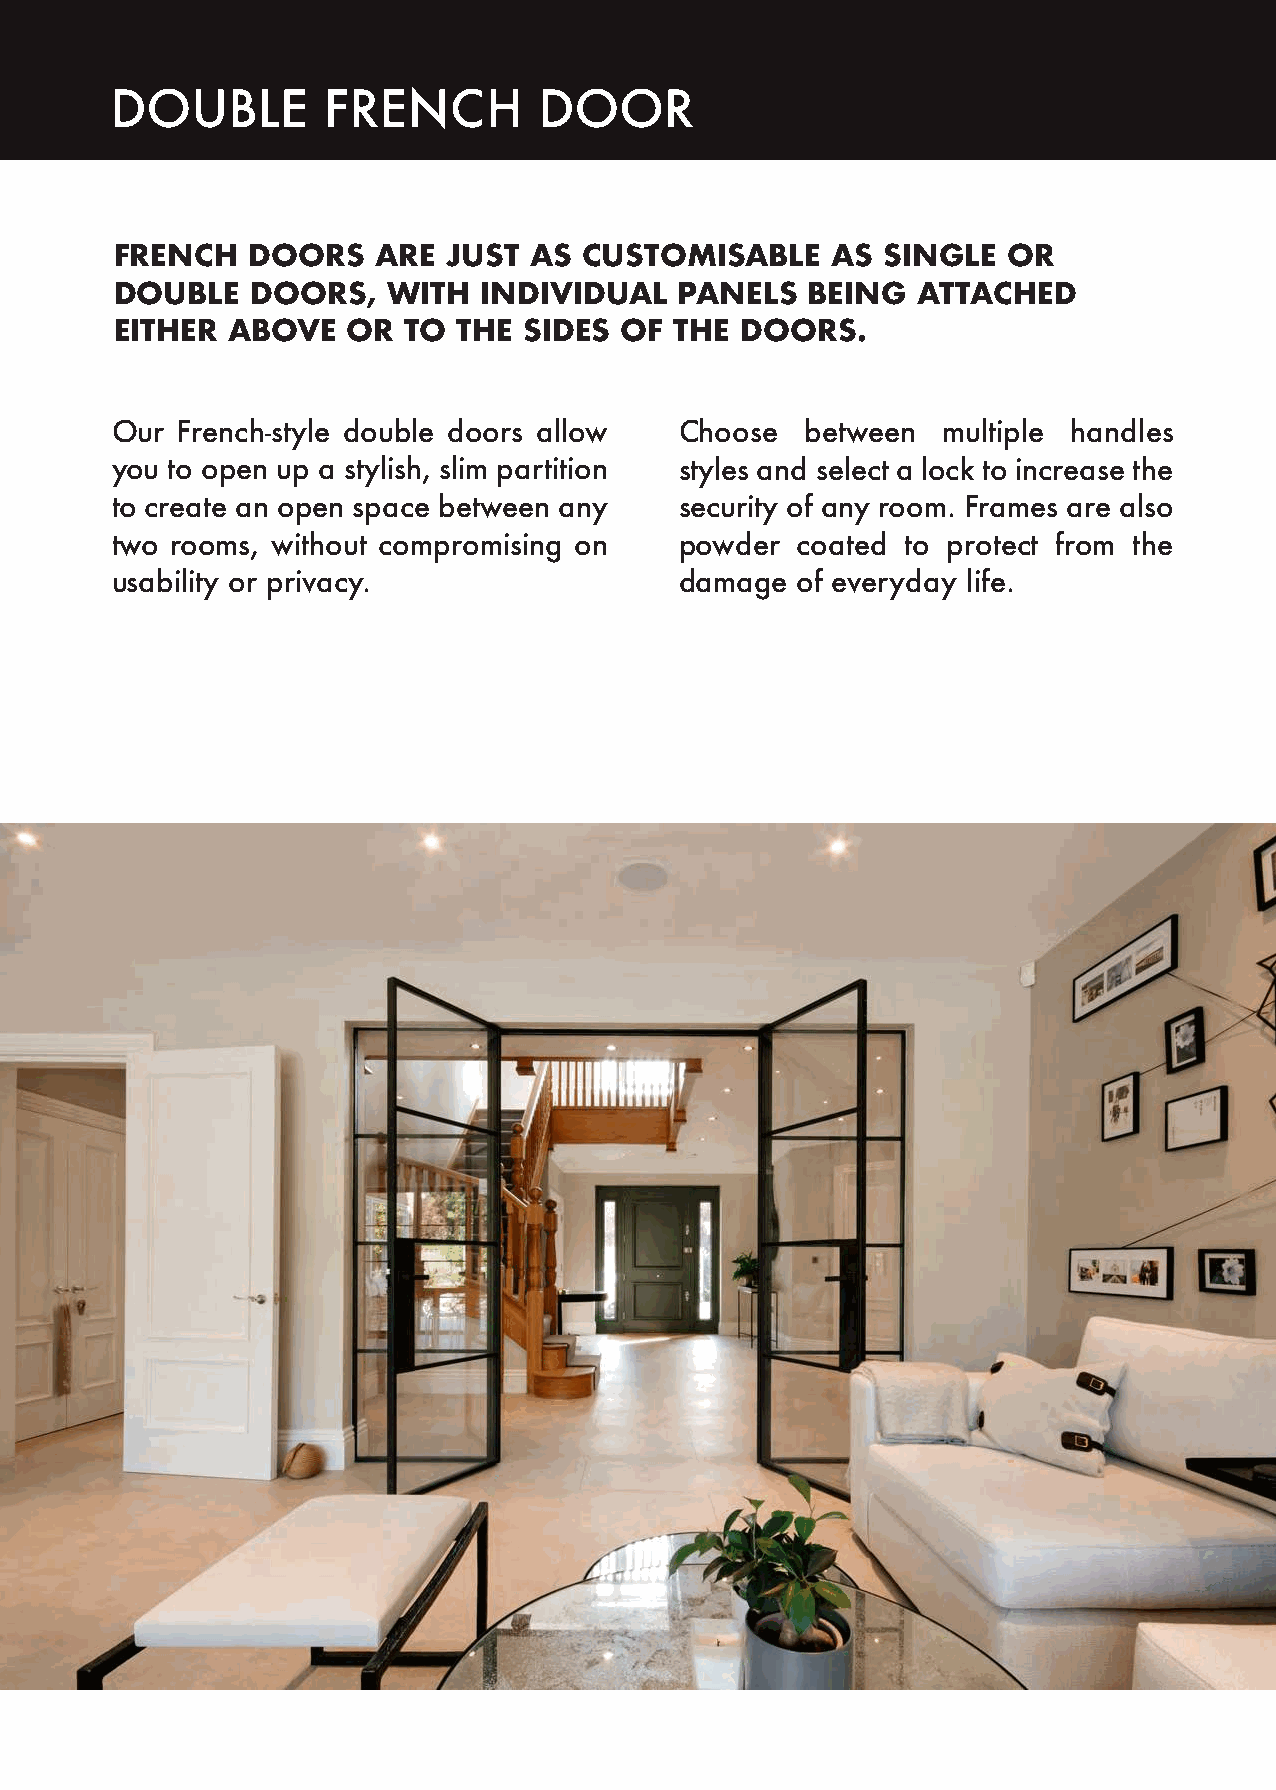
DOUBLE        FRENCH         DOOR
 FRENCH  DOORS    ARE  JUST AS  CUSTOMISABLE    AS SINGLE   OR
 DOUBLE   DOORS,   WITH  INDIVIDUAL   PANELS  BEING   ATTACHED
 EITHER ABOVE   OR  TO THE  SIDES OF  THE DOORS.
 Our  French-style double doors allow  Choose  between  multiple handles
 you to open up a stylish, slim partition styles and select a lock to increase the
 to create an open space between any   security of any room. Frames are also
 two rooms, without compromising on    powder  coated to protect from the
 usability or privacy.                 damage  of everyday life.